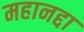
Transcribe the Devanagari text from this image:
महानद्दा